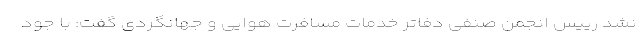
نشد رییس انجمن صنفی دفاتر خدمات مسافرت هوایی و جهانگردی گفت: با جود